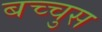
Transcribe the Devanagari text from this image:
बच्चुस